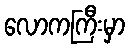
လောကကြီးမှာ